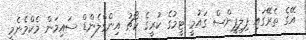
އޭގެ ތެރޭގައި ފިލިޕީންސް ގައުމީ ޓީމުގެ ކުރީގެ ކޯޗު އިންގްލެންޑް ސައިމަން މެކްމެނެމީ